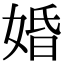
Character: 婚